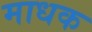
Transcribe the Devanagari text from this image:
माधक